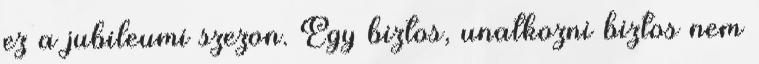
ez a jubileumi szezon. Egy biztos, unatkozni biztos nem